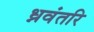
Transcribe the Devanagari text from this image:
ध्नवंतरि